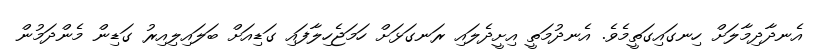
އެނދާދިމާލަށް ހިނގައިގަތީމެވެ. އެނދުމަތީ އިށީދެލައި ރަނގަޅަށް ހަމަޖެހިލާފައި ގަޑިއަށް ބަލައިލިއިރު ގަޑިން މެންދަމުން